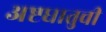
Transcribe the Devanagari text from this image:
अष्टधातुची